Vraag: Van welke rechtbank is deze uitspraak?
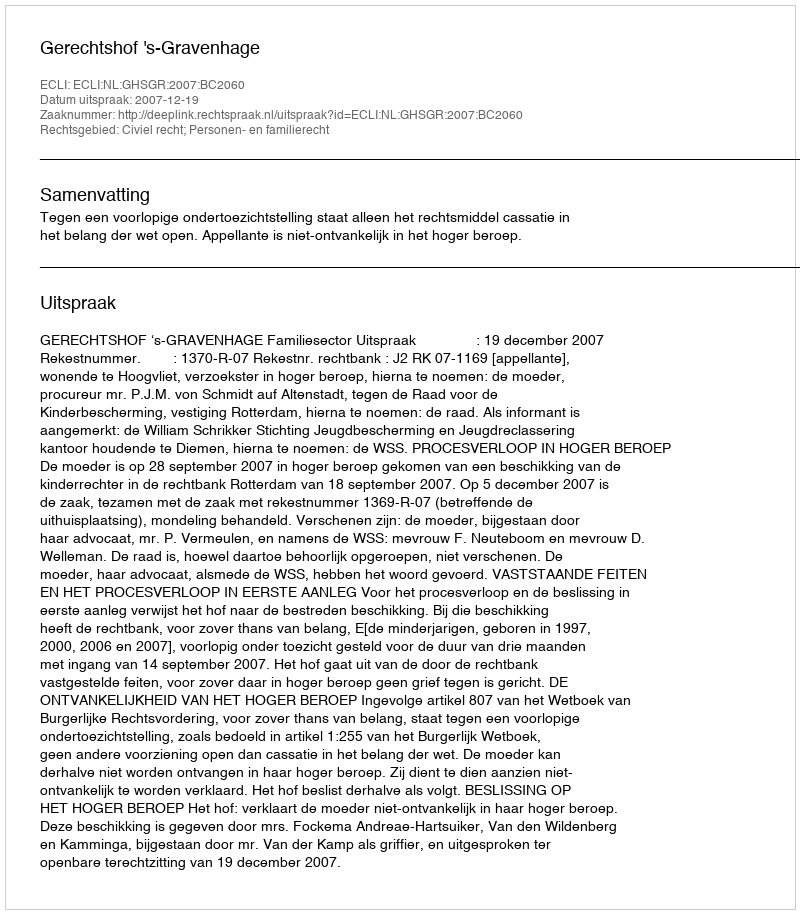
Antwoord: Gerechtshof 's-Gravenhage